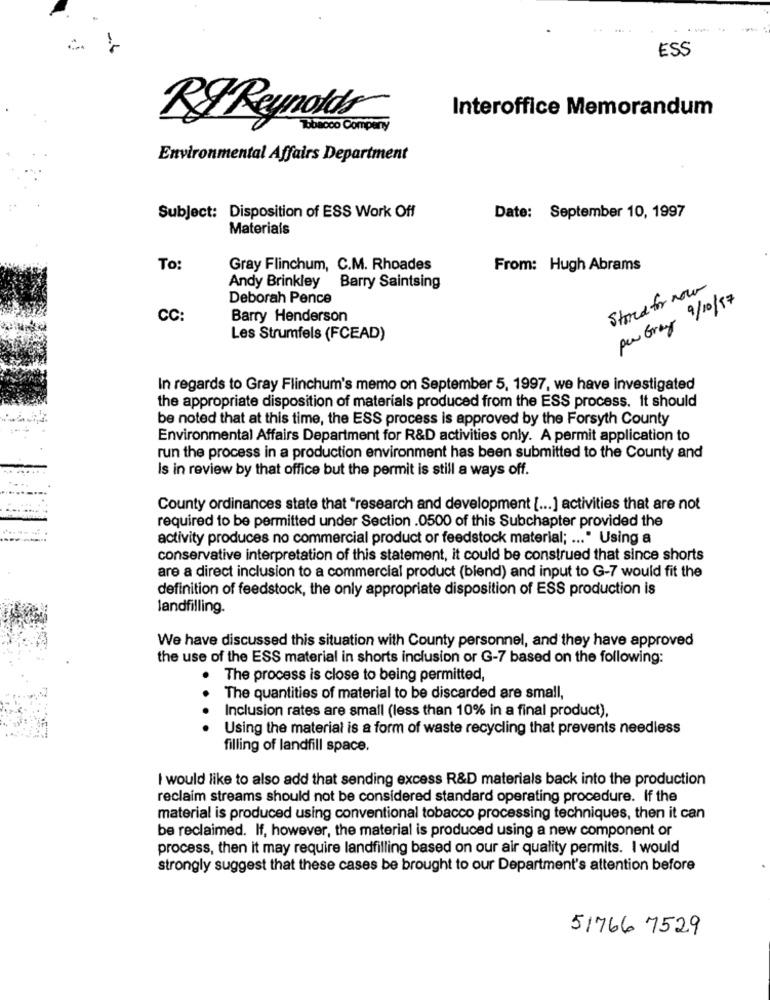
--
ESS
Interoffice Memorandum
R& Reynolds
Tobacco Compery
Environmental Affairs Department
Subject: Disposition of ESS Work Off
Date: September 10, 1997
Materials
To:
Gray Flinchum, C.M. Rhoades
From: Hugh Abrams
Andy Brinkley Barry Saintsing
Stored for now
Deborah Pence
per Gray 9/10/17
CC:
Barry Henderson
Les Strumfels (FCEAD)
In regards to Gray Flinchum's memo on September 5, 1997, we have investigated
the appropriate disposition of materials produced from the ESS process. It should
be noted that at this time, the ESS process is approved by the Forsyth County
Environmental Affairs Department for R&D activities only. A permit application to
run the process in a production environment has been submitted to the County and
Is in review by that office but the permit is still a ways off.
County ordinances state that "research and development [ ... ] activities that are not
required to be permitted under Section .0500 of this Subchapter provided the
activity produces no commercial product or feedstock material; ... " Using a
conservative interpretation of this statement, it could be construed that since shorts
are a direct inclusion to a commercial product (biend) and input to G-7 would fit the
definition of feedstock, the only appropriate disposition of ESS production is
landfilling.
We have discussed this situation with County personnel, and they have approved
the use of the ESS material in shorts inclusion or G-7 based on the following:
The process is close to being permitted,
. .
The quantities of material to be discarded are small,
Inclusion rates are small (less than 10% in a final product),
Using the material is a form of waste recycling that prevents needless
filling of landfill space.
I would like to also add that sending excess R&D materials back into the production
reclaim streams should not be considered standard operating procedure. If the
material is produced using conventional tobacco processing techniques, then it can
be reclaimed. If, however, the material is produced using a new component or
process, then it may require landfilling based on our air quality permits. I would
strongly suggest that these cases be brought to our Department's attention before
51766 7529